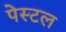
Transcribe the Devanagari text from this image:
पेस्‍टल